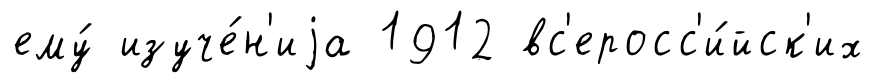
ему́ изуче́н'иjа 1912 вс'еросс'и́йск'их